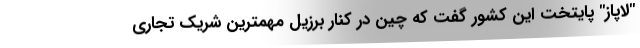
"لاپاز" پایتخت این کشور گفت که چین در کنار برزیل مهمترین شریک تجاری